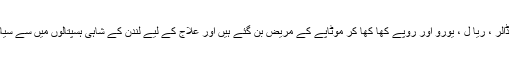
اور یہ حال ہے کہ ڈالر ، ریا ل ، یورو اور روپے کھا کھا کر موٹاپے کے مریض بن گئے ہیں اور علاج کے لیے لندن کے شاہی ہسپتالوں میں سے سیاست کر رہے ہیں ۔